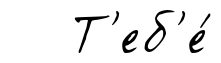
Т'еб'е́